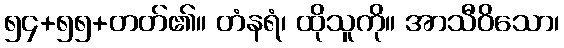
၅၄+၅၅+တတ်၏။ တံနရံ၊ ထိုသူကို။ အာသီဝိသော၊